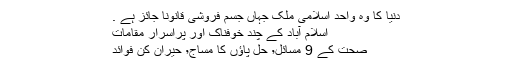
دنیا کا وہ واحد اسلامی ملک جہاں جسم فروشی قانوناََ جائز ہے .
اسلام آباد کے چند خوفناک اور پراسرار مقامات
صحت کے 9 مسائل٬ حل پاؤں کا مساج٬ حیران کن فوائد